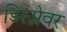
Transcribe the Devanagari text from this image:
डिस्प्लेवर